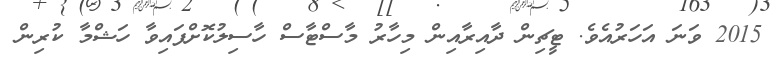
2015 ވަނަ އަހަރުއެވެ. ޓީޗިން ދާއިރާއިން މިހާރު މާސްޓާސް ހާސިލުކޮށްފައިވާ ހަޝްމާ ކުރިން